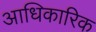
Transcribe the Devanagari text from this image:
अाधिकारिक